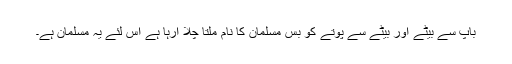
باپ سے بیٹے اور بیٹے سے پوتے کو بس مسلمان کا نام ملتا چلا آرہا ہے اس لئے یہ مسلمان ہے۔